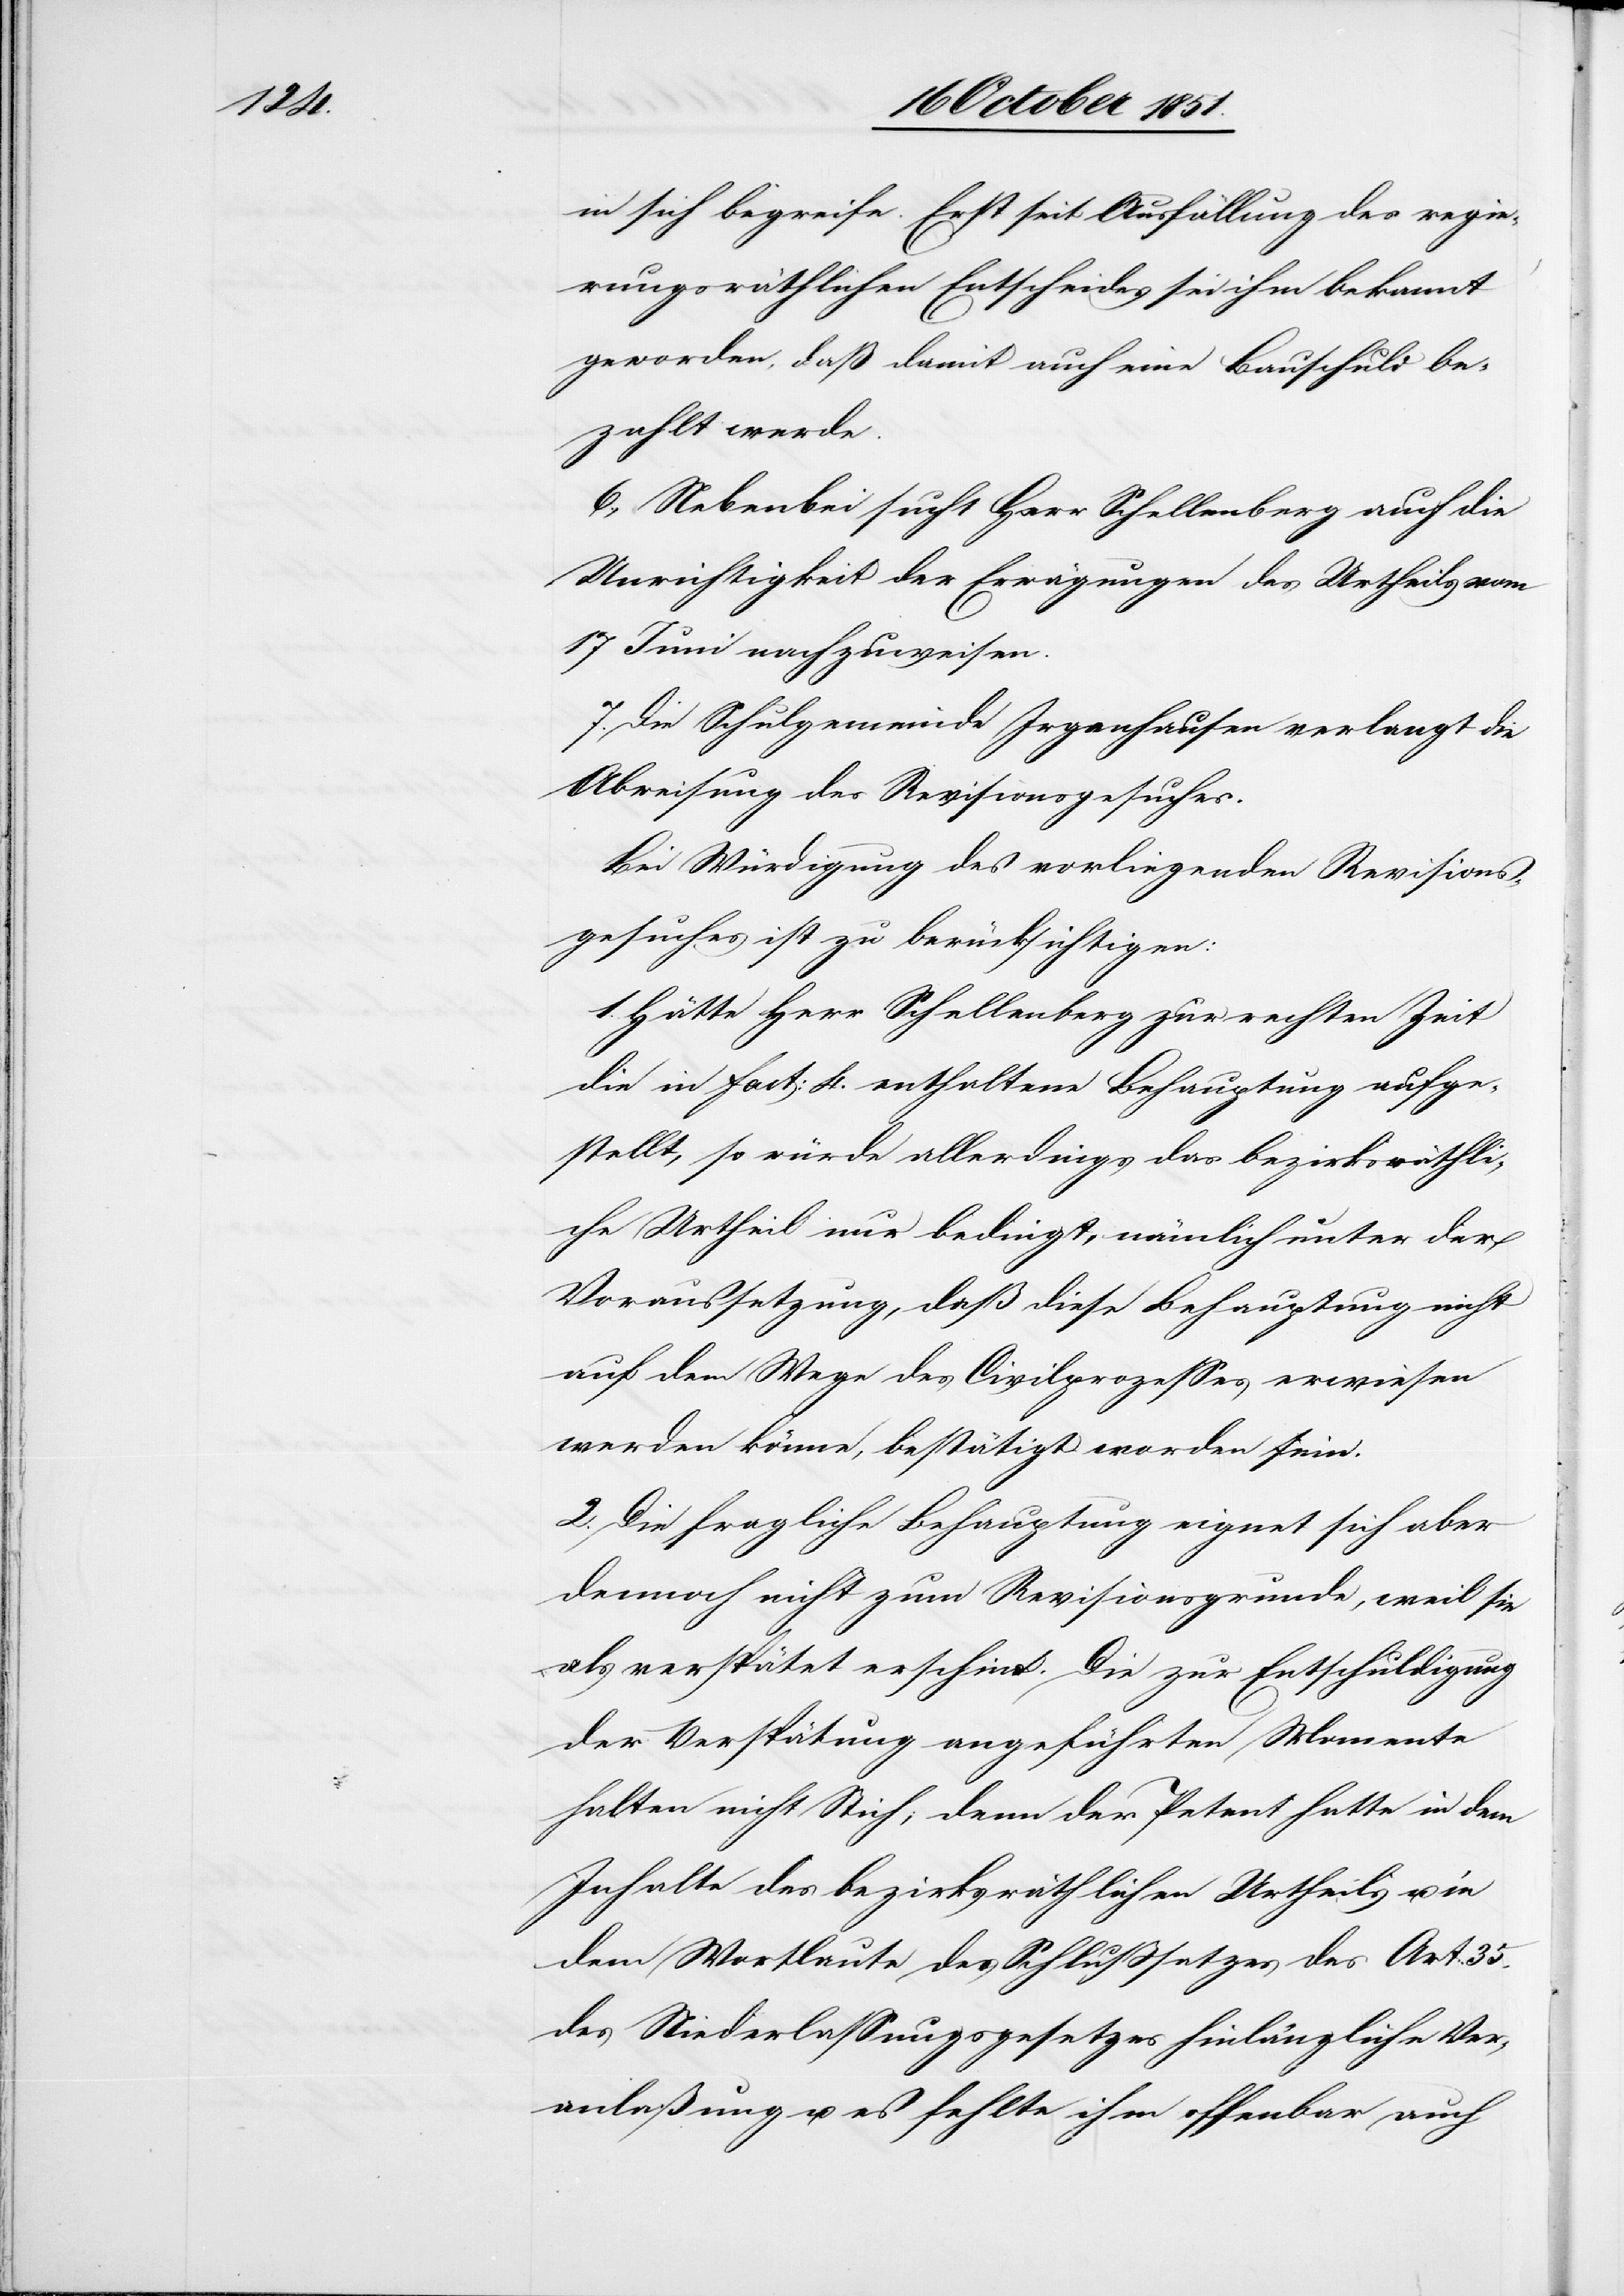
in sich begreife. Erst seit Ausfällung des regie¬
rungsräthlichen Entscheides sei ihm bekannt
geworden, daß damit auch eine Bauschuld be¬
zahlt werde.
6., Nebenbei sucht Herr Schellenberg auch die
Unrichtigkeit der Erwägungen des Urtheils vom
17 Juni nachzuweisen.
7. Die Schulgemeinde Irgenhausen verlangt die
Abweisung des Revisionsgesuches.
Bei Würdigung des vorliegenden Revisions¬
gesuches ist zu berücksichtigen:
1. Hätte Herr Schellenberg zur rechten Zeit
die in Fact: 4. enthaltene Behauptung aufge¬
stellt, so würde allerdings das bezirksräthli¬
che Urtheil nur bedingt, nämlich unter der
Voraussetzung, daß diese Behauptung nicht
auf dem Wege des Civilprozesses erwiesen
werden könne, bestätigt worden sein.
2. Die fragliche Behauptung eignet sich aber
dennoch nicht zum Revisionsgrunde, weil sie
der Verspätung angeführten Momente
halten nicht Stich; denn der Petent hatte in dem
Inhalte des bezirksräthlichen Urtheils u. in
dem Wortlaute des Schlußsatzes des Art: 35.
des Niederlassungsgesetzes hinlängliche Ver¬
anlaßung u. es fehlte ihm offenbar auch